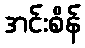
အင်းစိန်